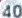
40